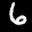
Label: 6